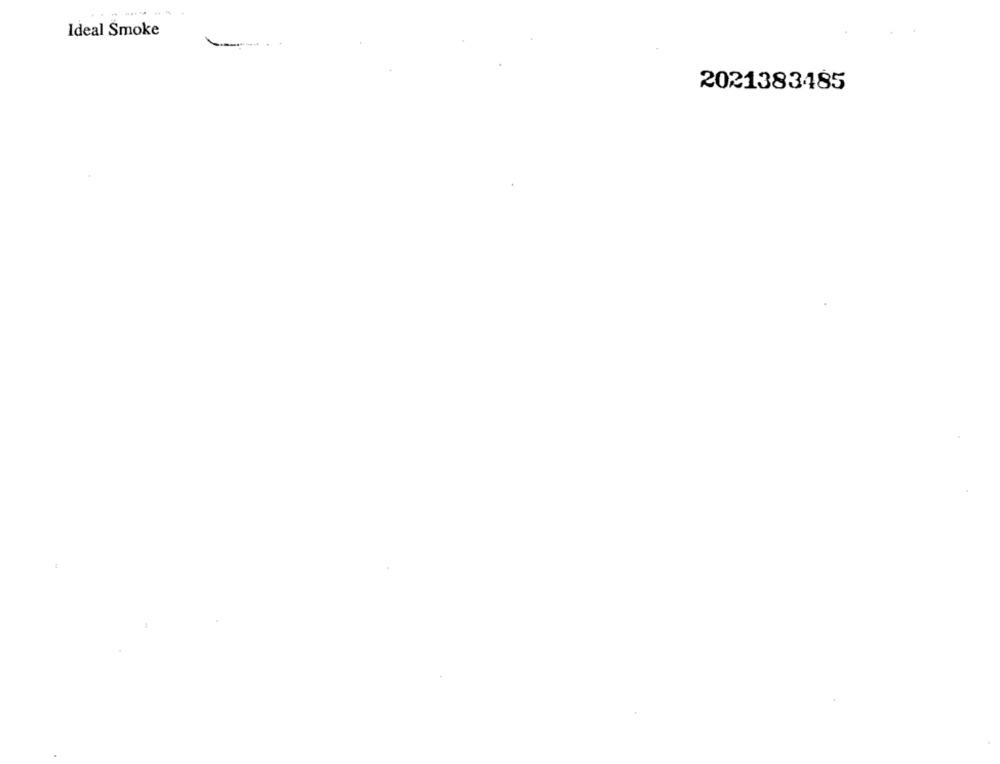
Ideal Smoke
2021383485